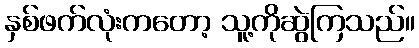
နှစ်ဖက်လုံးကတော့ သူ့ကိုဆွဲကြသည်။